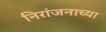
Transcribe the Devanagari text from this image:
निरांजनाच्या